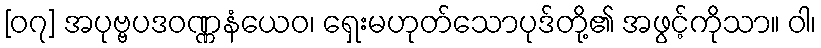
[၀၇] အပုဗ္ဗပဒဝဏ္ဏနံယေဝ၊ ရှေးမဟုတ်သောပုဒ်တို့၏ အဖွင့်ကိုသာ။ ဝါ၊